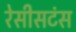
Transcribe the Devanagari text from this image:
रेसीसटंस